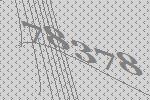
78378